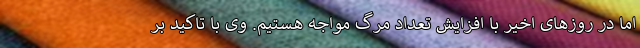
اما در روزهای اخیر با افزایش تعداد مرگ مواجه هستیم. وی با تاکید بر